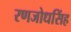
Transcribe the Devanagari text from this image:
रणजोधसिंह